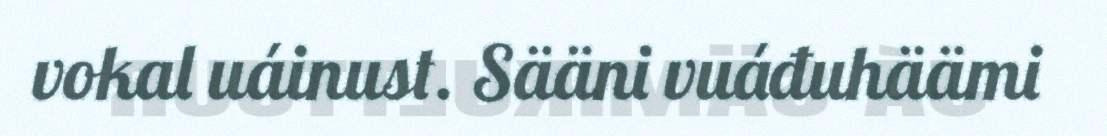
vokal uáinust. Sääni vuáđuhäämi